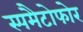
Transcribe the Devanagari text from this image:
स्पमैटोफोर